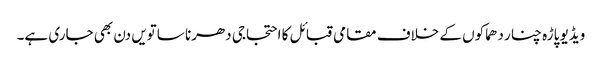
ویڈیو پاڑہ چنار دھماکوں کے خلاف مقامی قبائل کا احتجاجی دھرنا ساتویں دن بھی جاری ہے۔